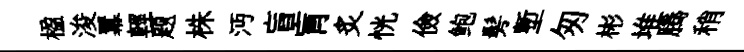
楹浚羃輕题株沔盲肓炙恍儉鲍髣塹匆彬堆腾稍